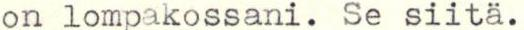
on lompakossani. Se siitä.